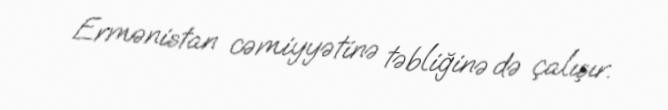
Ermənistan cəmiyyətinə təbliğinə də çalışır.